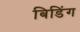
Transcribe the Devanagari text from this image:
बिडिंग